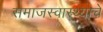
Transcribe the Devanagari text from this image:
समाजस्वास्थ्याचे